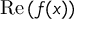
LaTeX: \operatorname { R e } { ( f ( x ) ) }